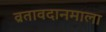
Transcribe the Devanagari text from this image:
व्रतावदानमाला